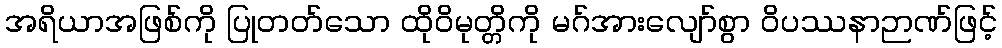
အရိယာအဖြစ်ကို ပြုတတ်သော ထိုဝိမုတ္တိကို မဂ်အားလျော်စွာ ဝိပဿနာဉာဏ်ဖြင့်